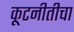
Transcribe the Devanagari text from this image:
कूटनीतीचा